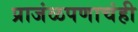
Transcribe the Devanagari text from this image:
प्राजंळपणाचंही